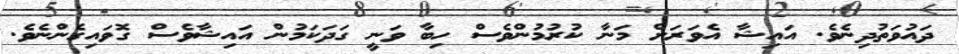
ދައުވަތުދިނެވެ. އައިޝާ އެވަރަށް މަނާ ކުރުމުންވެސް ހިބާ ވަނީ ގަދަކަމުން އައިޝާވެސް ގޮވައިގެންނެވެ.